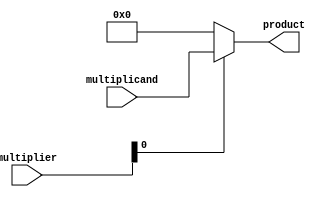
module multiply_line_parallel_1(product, multiplicand, multiplier);
   input [31:0] multiplicand, multiplier;
   output [31:0] product;

   assign product = multiplier[0] ? multiplicand : 32'b0;
endmodule // multiply_line_parallel_1

module multiply_line_parallel_2(product, multiplicand, multiplier);
   input [31:0] multiplicand, multiplier;
   output [31:0] product;

   wire [31:0] 	 multiplicand_shift_left, multiplier_shift_right;
   wire [31:0] 	 partial_product_0, partial_product_1;
   
   assign multiplicand_shift_left = multiplicand << 1;
   assign multiplier_shift_right = multiplier>> 1;
   
   multiply_line_parallel_1 mlp_0(partial_product_0, multiplicand, multiplier);
   multiply_line_parallel_1 mlp_1(partial_product_1, multiplicand_shift_left, multiplier_shift_right);

   assign product = partial_product_0 + partial_product_1;
endmodule // multiply_line_parallel_2

module multiply_line_parallel_4(product, multiplicand, multiplier);
   input [31:0] multiplicand, multiplier;
   output [31:0] product;

   wire [31:0] 	 multiplicand_shift_left, multiplier_shift_right;
   wire [31:0] 	 partial_product_0, partial_product_1;
   
   assign multiplicand_shift_left = multiplicand << 2;
   assign multiplier_shift_right = multiplier>> 2;
   
   multiply_line_parallel_2 mlp_0(partial_product_0, multiplicand, multiplier);
   multiply_line_parallel_2 mlp_1(partial_product_1, multiplicand_shift_left, multiplier_shift_right);

   assign product = partial_product_0 + partial_product_1;
endmodule // multiply_line_parallel_4

module multiply_line_parallel_8(product, multiplicand, multiplier);
   input [31:0] multiplicand, multiplier;
   output [31:0] product;

   wire [31:0] 	 multiplicand_shift_left, multiplier_shift_right;
   wire [31:0] 	 partial_product_0, partial_product_1;
   
   assign multiplicand_shift_left = multiplicand << 4;
   assign multiplier_shift_right = multiplier>> 4;
   
   multiply_line_parallel_4 mlp_0(partial_product_0, multiplicand, multiplier);
   multiply_line_parallel_4 mlp_1(partial_product_1, multiplicand_shift_left, multiplier_shift_right);

   assign product = partial_product_0 + partial_product_1;
endmodule // multiply_line_parallel_8

module multiply_line_parallel_16(product, multiplicand, multiplier);
   input [31:0] multiplicand, multiplier;
   output [31:0] product;

   wire [31:0] 	 multiplicand_shift_left, multiplier_shift_right;
   wire [31:0] 	 partial_product_0, partial_product_1;
   
   assign multiplicand_shift_left = multiplicand << 8;
   assign multiplier_shift_right = multiplier>> 8;
   
   multiply_line_parallel_8 mlp_0(partial_product_0, multiplicand, multiplier);
   multiply_line_parallel_8 mlp_1(partial_product_1, multiplicand_shift_left, multiplier_shift_right);

   assign product = partial_product_0 + partial_product_1;
endmodule // multiply_line_parallel_16

module multiply_line_parallel_32(product, multiplicand, multiplier);
   input [31:0] multiplicand, multiplier;
   output [31:0] product;

   wire [31:0] 	 multiplicand_shift_left, multiplier_shift_right;
   wire [31:0] 	 partial_product_0, partial_product_1;
   
   assign multiplicand_shift_left = multiplicand << 16;
   assign multiplier_shift_right = multiplier>> 16;
   
   multiply_line_parallel_16 mlp_0(partial_product_0, multiplicand, multiplier);
   multiply_line_parallel_16 mlp_1(partial_product_1, multiplicand_shift_left, multiplier_shift_right);

   assign product = partial_product_0 + partial_product_1;
endmodule // multiply_line_parallel_32

module multiply16_unsigned_parallel(product, multiplicand, multiplier);
   input [31:0] multiplicand, multiplier;
   output [31:0] product;

   wire [31:0]	 multiplicand_lsb16, multiplier_lsb16;
   
   assign multiplicand_lsb16 = multiplicand & 32'h0000_FFFF;
   assign multiplier_lsb16 = multiplier & 32'h0000_FFFF;
     
   multiply_line_parallel_32 ml32_0(product, multiplicand_lsb16, multiplier_lsb16);
endmodule // multiply16_unsigned_parallel